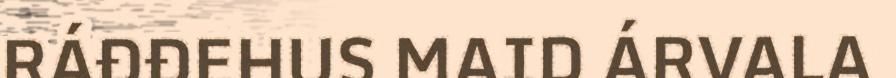
RÁĐĐEHUS MAID ÁRVALA